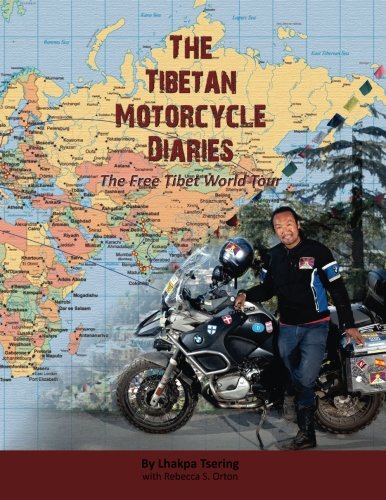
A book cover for The Tibetan Motorcycle Diaries: The Free Tibet World Tour; Lhakpa Tsering; Travel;